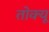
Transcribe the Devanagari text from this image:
तोक्यू